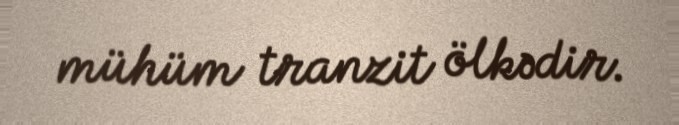
mühüm tranzit ölkədir.